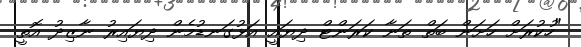
"ހުކުރަށް ހަށަން ބަތް ތަނާ ކަރަންޓް ދިޔައީ އަޅުގަނޑުމެން ދިޔައިރު ނާޒިދު އޮތީ